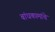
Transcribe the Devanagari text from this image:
बांधकामांचे